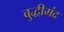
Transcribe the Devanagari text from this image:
बुद्धीमंद